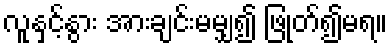
လူနှင့်နွား အားချင်းမမျှ၍ ဖြုတ်၍မရ။